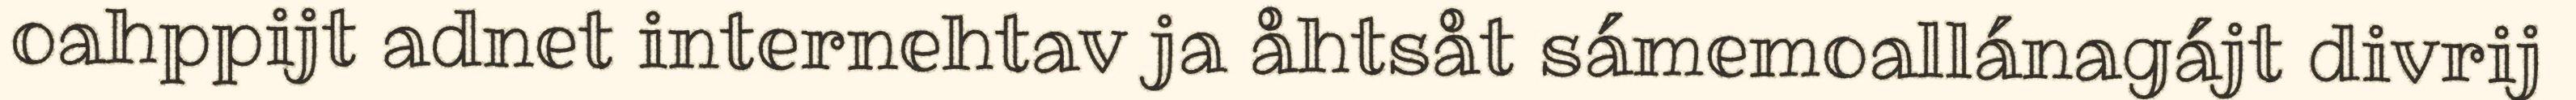
oahppijt adnet internehtav ja åhtsåt sámemoallánagájt divrij